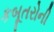
કબૂતરોની